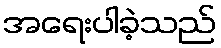
အရေးပါခဲ့သည်